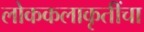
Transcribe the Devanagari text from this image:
लोककलाकृतींचा